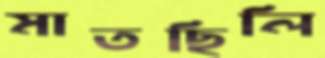
মাতছিলি